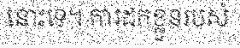
នោះទេ។ ការដកខ្លួនរបស់